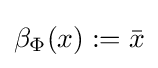
\beta _{\Phi }(x):={\bar {x}}